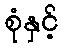
စုံနှင့်